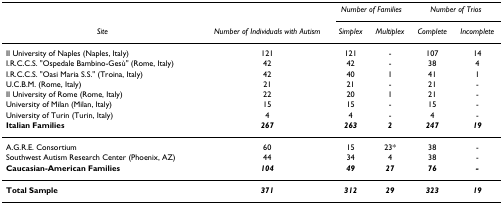
|  |  | <COLSPAN=2> Number of Families | <COLSPAN=2> Number of Trios |
 | Site | Number of Individuals with Autism | Simplex | Multiplex | Complete | Incomplete |
 | --- | --- | --- | --- | --- | --- |
 | II University of Naples (Naples, Italy) | 121 | 121 | - | 107 | 14 |
 | I.R.C.C.S. "Ospedale Bambino-Gesù" (Rome, Italy) | 42 | 42 | - | 38 | 4 |
 | I.R.C.C.S. "Oasi Maria S.S." (Troina, Italy) | 42 | 40 | 1 | 41 | 1 |
 | U.C.B.M. (Rome, Italy) | 21 | 21 | - | 21 | - |
 | II University of Rome (Rome, Italy) | 22 | 20 | 1 | 21 | - |
 | University of Milan (Milan, Italy) | 15 | 15 | - | 15 | - |
 | University of Turin (Turin, Italy) | 4 | 4 | - | 4 | - |
 | Italian Families | 267 | 263 | 2 | 247 | 19 |
 | A.G.R.E. Consortium | 60 | 15 | 23* | 38 | - |
 | Southwest Autism Research Center (Phoenix, AZ) | 44 | 34 | 4 | 38 | - |
 | Caucasian-American Families | 104 | 49 | 27 | 76 | - |
 | Total Sample | 371 | 312 | 29 | 323 | 19 |